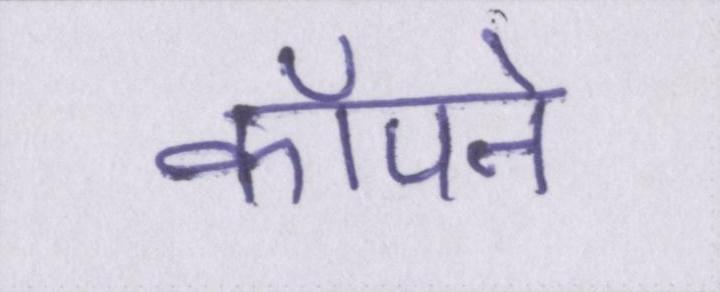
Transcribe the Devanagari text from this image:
कॉँपने